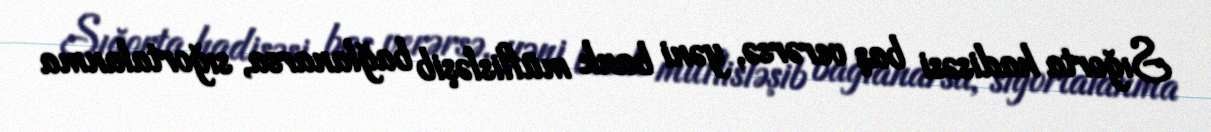
Sığorta hadisəsi baş verərsə, yəni bank müflisləşib bağlanarsa, sığortalanma